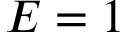
E = 1